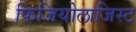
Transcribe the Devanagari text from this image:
फिजियोलाजिस्ट